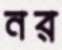
নর